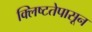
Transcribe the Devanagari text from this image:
क्लिष्टतेपासून